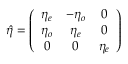
\hat { \eta } = \left( \begin{array} { c c c } { \eta _ { e } } & { - \eta _ { o } } & { 0 } \\ { \eta _ { o } } & { \eta _ { e } } & { 0 } \\ { 0 } & { 0 } & { \eta _ { e } } \end{array} \right)